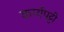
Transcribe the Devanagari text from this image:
कार्यपट्टी